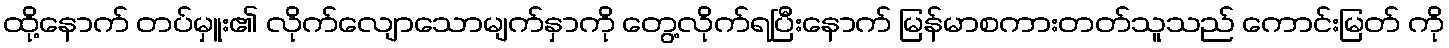
ထို့နောက် တပ်မှူး၏ လိုက်လျောသောမျက်နှာကို တွေ့လိုက်ရပြီးနောက် မြန်မာစကားတတ်သူသည် ကောင်းမြတ် ကို